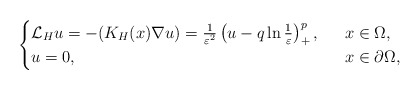
\begin{align*}\begin{cases}\mathcal{L}_Hu=-(K_H(x)\nabla u)=\frac{1}{\varepsilon^2} \left( u-q\ln\frac{1}{\varepsilon}\right) ^{p}_+,\ \ &x\in \Omega,\\u=0,\ \ &x\in\partial \Omega,\end{cases}\end{align*}